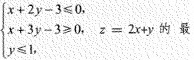
$$\begin { cases } x + 2 y - 3 ≤ 0 , \\ x + 3 y -3 ≥ 0 , \\ y ≤ 1 , \end { cases }$$ $$z = 2 x + y$$的最